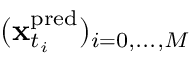
( \mathbf { x } _ { t _ { i } } ^ { \mathrm { p r e d } } ) _ { i = 0 , . . . , M }